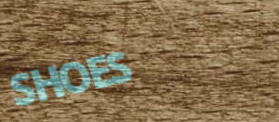
SHOES